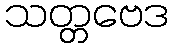
သတ္တဗေဒ